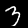
Label: 3